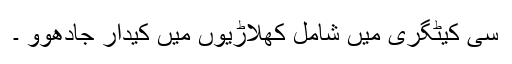
سی کیٹگری میں شامل کھلاڑیوں میں کیدار جادھوو ۔